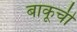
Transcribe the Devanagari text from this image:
बाकूची